Lunatic asylums Madras 1892-1911 - 1892-1911
Year: 1892
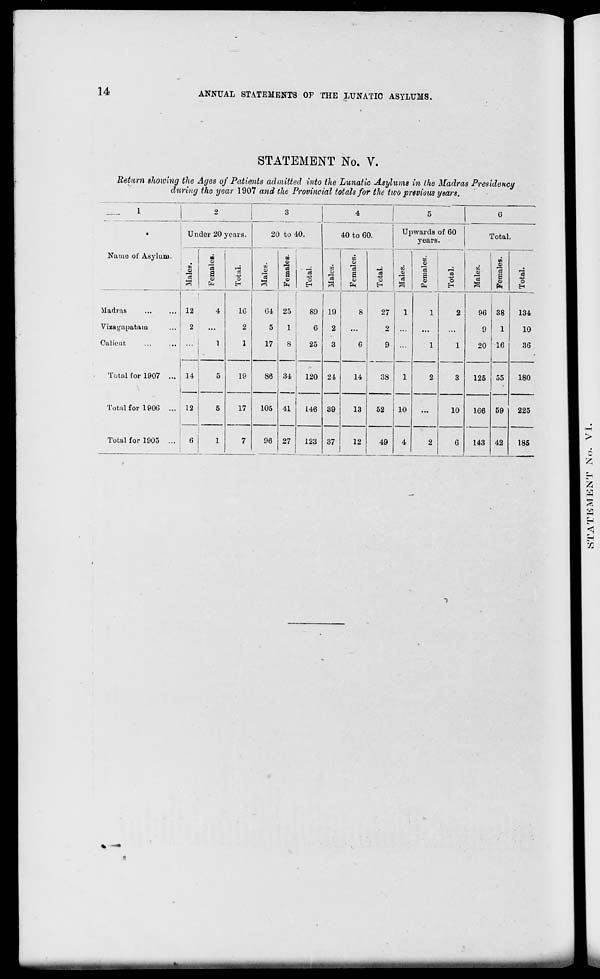
14
ANNUAL STATEMENTS OF THE LUNATIC ASYLUMS.
STATEMENT No. V.
Return showing the Ages of Patients admitted into the Lunatic Asylums in the Madras Presidency
during the year 1907 and the Provincial totals for the two previous years.
1
2
3
\>0.
13 43
o
H
4
5
G
•
Under 20 i r ears.
20 to 4
40 to 60.
Upwards of 60
years.
Total.
Name of Asylum.
O
"3
i—i
o
13
a o
13
o
EH
m
(I)
13
a
ft
1
03
y
13
3
to
o
13
a o
ft
"a ■is o
03
13
to
a
0)
ft
r-5
CO
o
EH
tc
IB
13
oi
5
13
S
CD
ft
"3 -*> o
H
Madras
Vizagapatam
Calicut
12
2
14
12
6
4
1
1G
2
1
G4
5
17
25
1
8
34
41
89
6
25
19
2
3
24
39
37
8
6
27
2
9
1
1
10
4
1
1
2
2
1
96
9
20
38
1
16
55
59
42
134
10
36
Total for 1907 ...
5
5
19
86
120
14
38
3
125
180
Total for 1806 ...
17
7
105
146
13
52
...
10
1G6
225
Total for 1905 ...
1
96 27
123
12
49
o
6
143
185
>